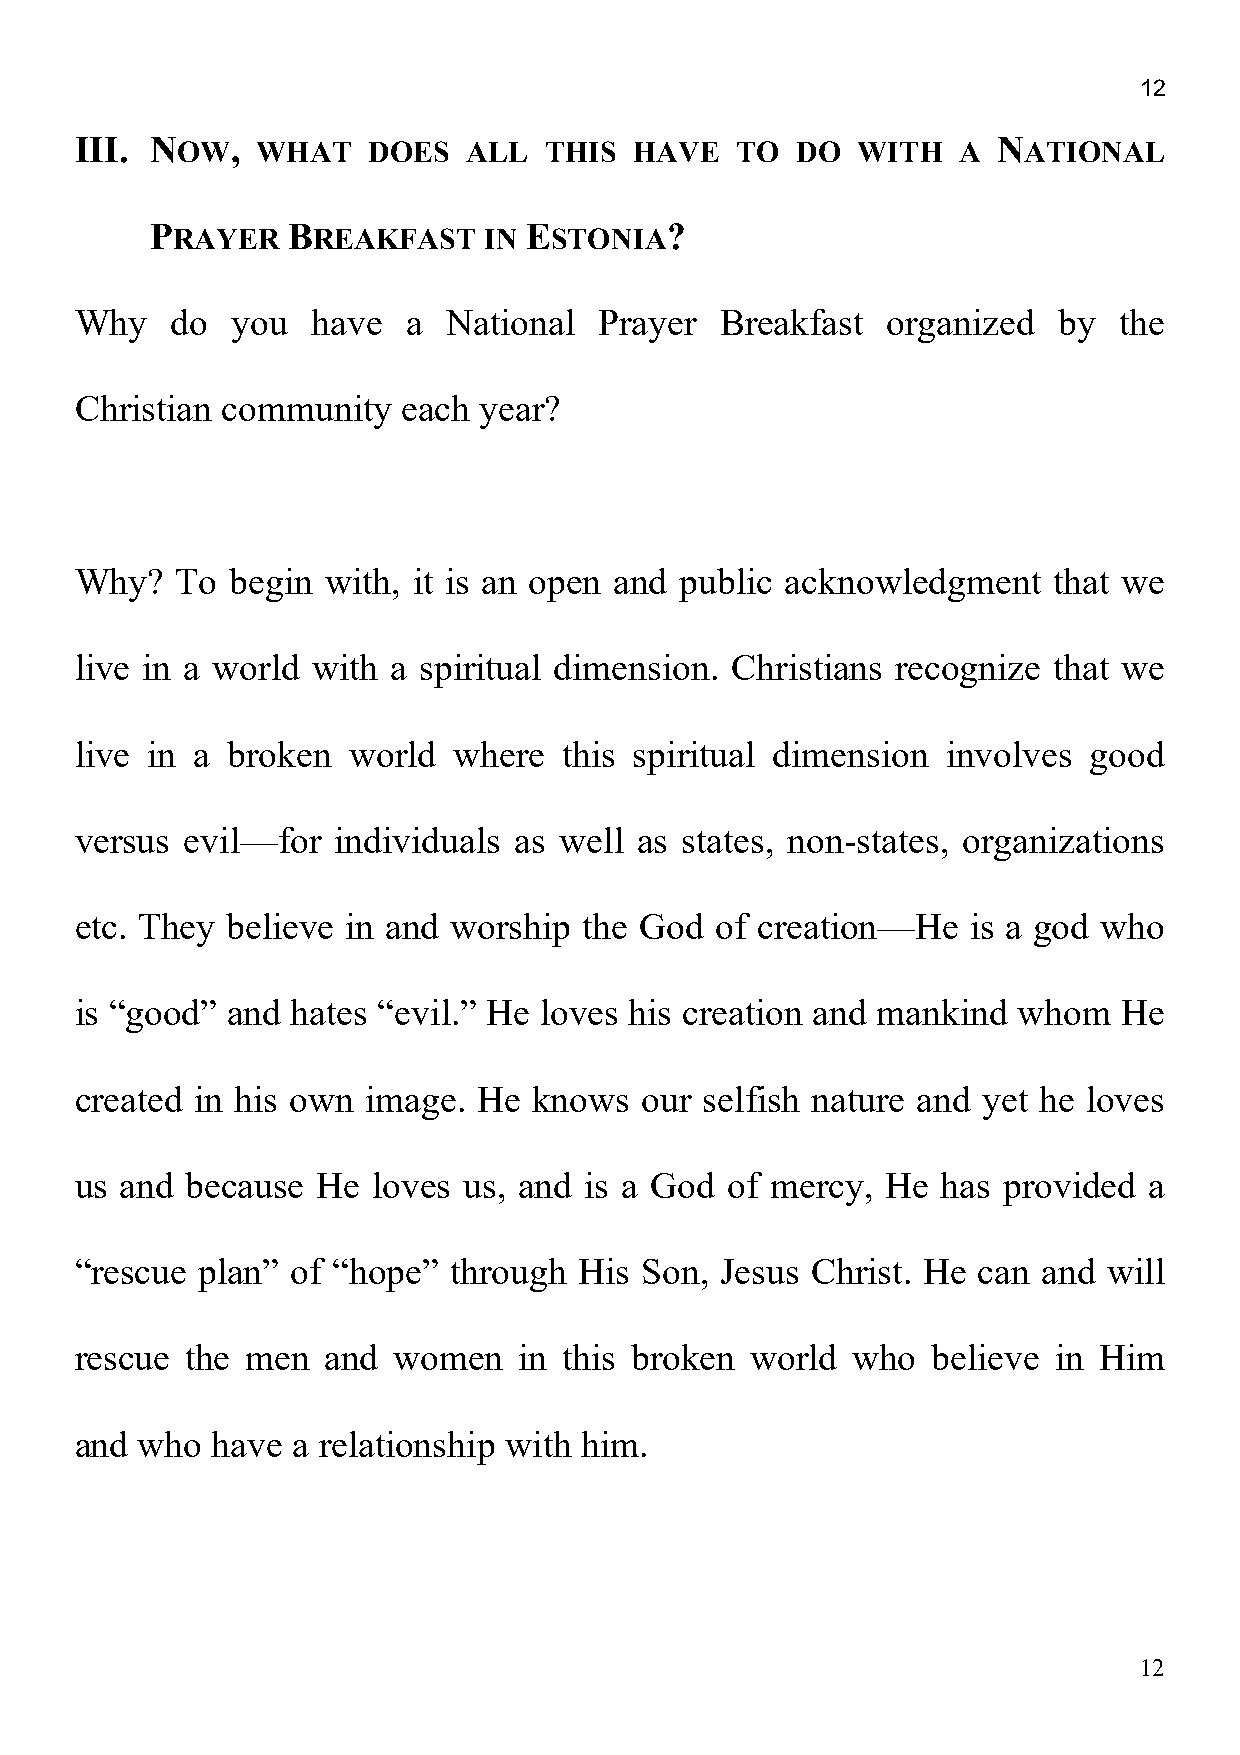
12
 III. NOW,   WHAT   DOES   ALL  THIS  HAVE   TO  DO  WITH  A  NATIONAL
 PRAYER   BREAKFAST    IN ESTONIA?
 Why   do  you   have  a  National  Prayer  Breakfast  organized  by  the
 Christian community   each year?
 Why?   To begin with, it is an open and public acknowledgment    that we
 live in a world with a spiritual dimension. Christians recognize that we
 live in a broken  world  where  this spiritual dimension  involves good
 versus evil—for  individuals as well as states, non-states, organizations
 etc. They believe in and worship  the God of creation—He   is a god who
 is “good” and hates “evil.” He loves his creation and mankind whom   He
 created in his own image.  He knows  our  selfish nature and yet he loves
 us and because  He  loves us, and is a God of mercy,  He has provided  a
 “rescue plan” of “hope”  through His Son,  Jesus Christ. He can and will
 rescue the men   and women   in this broken  world who   believe in Him
 and who  have a relationship with him.
 12